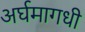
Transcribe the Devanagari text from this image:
अर्घमागधी